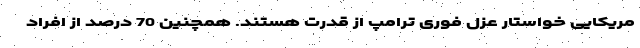
مریکایی خواستار عزل فوری ترامپ از قدرت هستند. همچنین 70 درصد از افراد